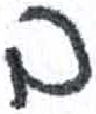
אות: ב